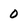
Character: 0